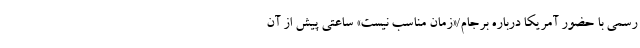
رسمی با حضور آمریکا درباره برجام/«زمان مناسب نیست» ساعتی پیش از آن